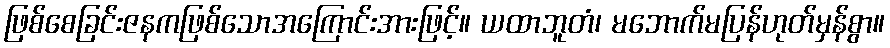
ဖြစ်စေခြင်းဇနကဖြစ်သောအကြောင်းအားဖြင့်။ ယထာဘူတံ၊ မဘောက်မပြန်ဟုတ်မှန်စွာ။